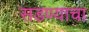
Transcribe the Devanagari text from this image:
सडण्याचा